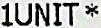
1UNIT*